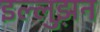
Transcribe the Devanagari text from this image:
इल्लुझ़न